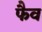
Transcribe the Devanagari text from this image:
फैव